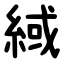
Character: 緎